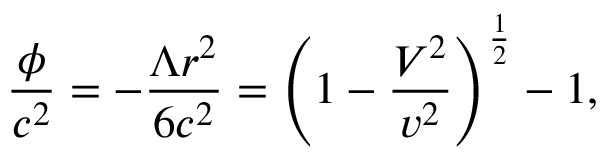
\frac { \phi } { c ^ { 2 } } = - \frac { \Lambda r ^ { 2 } } { 6 c ^ { 2 } } = \left( 1 - \frac { V ^ { 2 } } { v ^ { 2 } } \right) ^ { \frac { 1 } { 2 } } - 1 ,